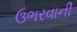
ઉભરવાની